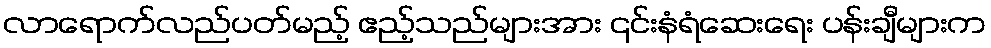
လာရောက်လည်ပတ်မည့် ဧည့်သည်များအား ၎င်းနံရံဆေးရေး ပန်းချီများက